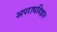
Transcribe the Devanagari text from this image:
अपराधविज्ञान